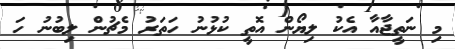
މި ނަތީޖާއާ އެކު ލިޔޯން އޮތީ ކުޅުނު ހަތަރު މެޗުން ލިބުނު ހަ